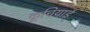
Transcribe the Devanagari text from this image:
कूचियाई